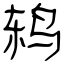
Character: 鸫